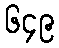
၆၄၉